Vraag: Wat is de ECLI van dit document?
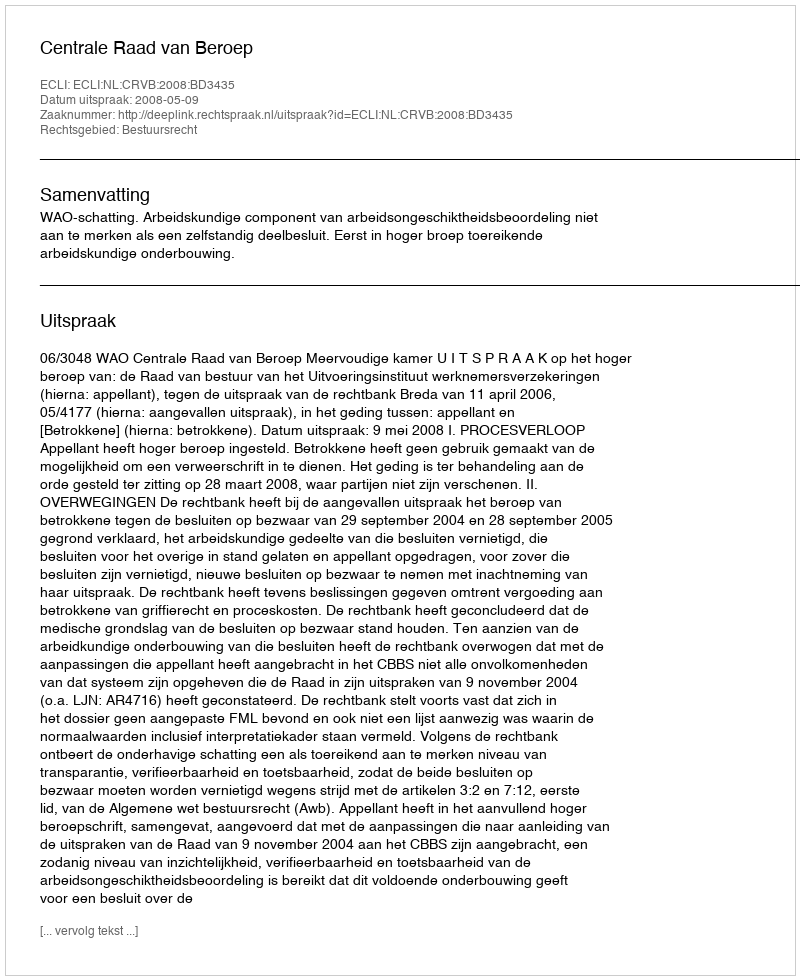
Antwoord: ECLI:NL:CRVB:2008:BD3435